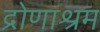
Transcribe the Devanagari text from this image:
द्रोणाश्रम